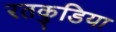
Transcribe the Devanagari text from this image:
रतकुडिया